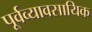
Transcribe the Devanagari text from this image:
पूर्वव्यावसायिक